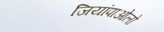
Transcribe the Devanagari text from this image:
जियांपाओलो